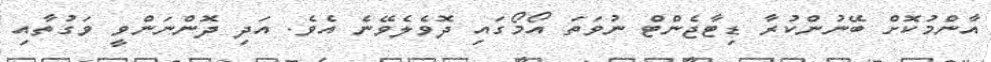
އާންމުކޮށް ބޭނުންކުރާ ޑިޓާޖެންޓް ނުވަތަ އޯމޯގައި ދޮވެލެވޭނެ އެވެ. އަދި ދޮންނަންވީ ވަގުތާއި